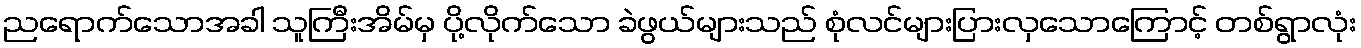
ညရောက်သောအခါ သူကြီးအိမ်မှ ပို့လိုက်သော ခဲဖွယ်များသည် စုံလင်များပြားလှသောကြောင့် တစ်ရွာလုံး